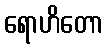
ရောဟိတော